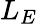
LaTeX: L_{E}